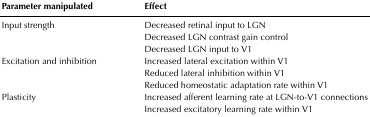
| Parameter manipulated | Effect |
 | --- | --- |
 | <ROWSPAN=3> Input strength | Decreased retinal input to LGN |
 | Decreased LGN contrast gain control |
 | Decreased LGN input to V1 |
 | <ROWSPAN=3> Excitation and inhibition | Increased lateral excitation within V1 |
 | Reduced lateral inhibition within V1 |
 | Reduced homeostatic adaptation rate within V1 |
 | <ROWSPAN=2> Plasticity | Increased afferent learning rate at LGN-to-V1 connections |
 | Increased excitatory learning rate within V1 |